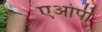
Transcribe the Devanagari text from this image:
एओपी